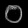
Digit: ၀